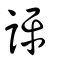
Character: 評